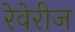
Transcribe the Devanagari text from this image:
रेवेरीज